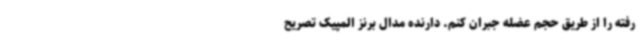
رفته را از طریق حجم عضله جبران کنم. دارنده مدال برنز المپیک تصریح